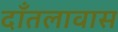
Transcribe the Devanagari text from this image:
दाँतलावास